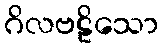
ဂိလဗဠိသော